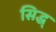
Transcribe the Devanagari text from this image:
सिद्ध्